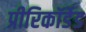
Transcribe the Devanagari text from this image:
प्रीरिकॉर्डेड